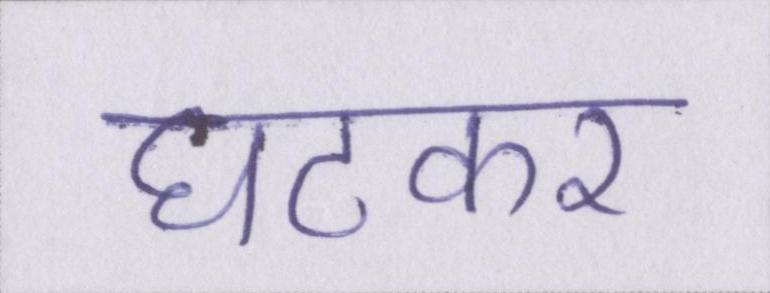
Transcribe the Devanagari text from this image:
घटकर